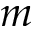
m